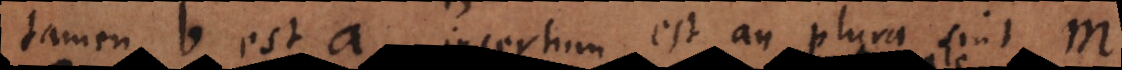
tamen b est a, incertum est an plura sint m